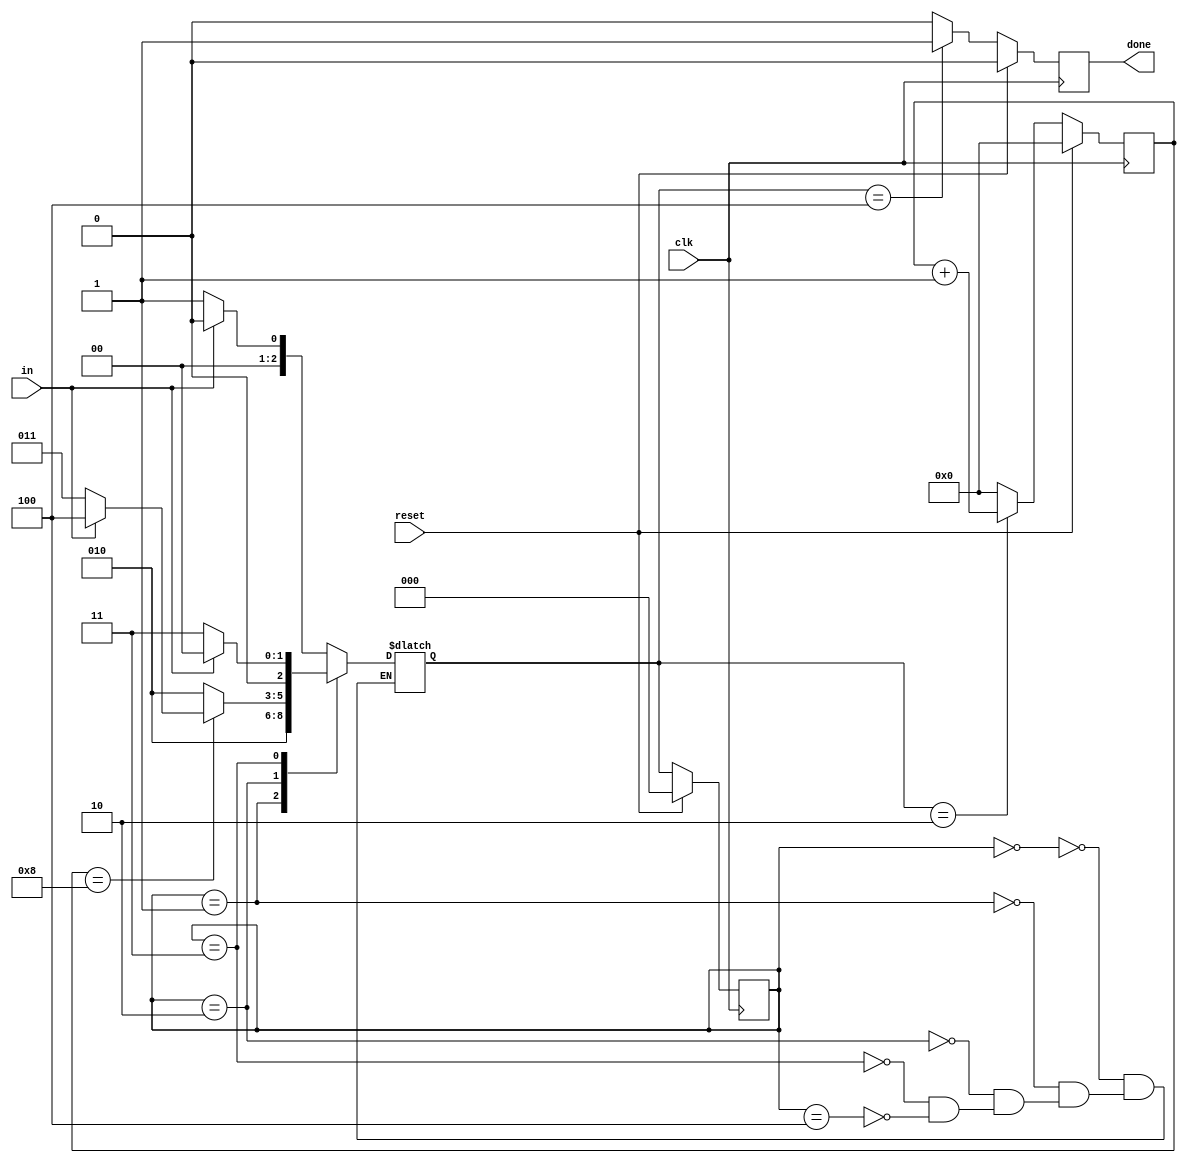
module top_module(
    input clk,
    input in,
    input reset,    // Synchronous reset
    output done
  ); 

localparam [2:0] IDLE 	 = 3'b000,START 	 = 3'b001,RECEIVE = 3'b010,WAIT	 = 3'b011,STOP    = 3'b100;
reg [2:0] state, next;
reg [3:0] i;

	always @(*) begin
		case(state)
			IDLE  : next = (in) ? IDLE : START;
			START : next = RECEIVE;
			RECEIVE : begin
				if (i == 8) begin
					if (in) next = STOP;
					else next = WAIT;
				end 
				else next = RECEIVE;			
			end
			WAIT : next = (in) ? IDLE : WAIT;
			STOP : next = (in) ? IDLE : START;
		endcase
	end

	always @(posedge clk) begin
		if(reset) state <= IDLE;
		else state <= next;
	end

	always @(posedge clk) begin
		if (reset) begin
			done <= 0;
			i <= 0;
		end
		else begin
			case(next) 
				RECEIVE : begin
					done <= 0;
					i = i + 1;
				end
				STOP : begin
					done <= 1;
					i <= 0;
				end
				default : begin
					done <= 0;
					i <= 0;
				end
			endcase
		end
	end

endmodule